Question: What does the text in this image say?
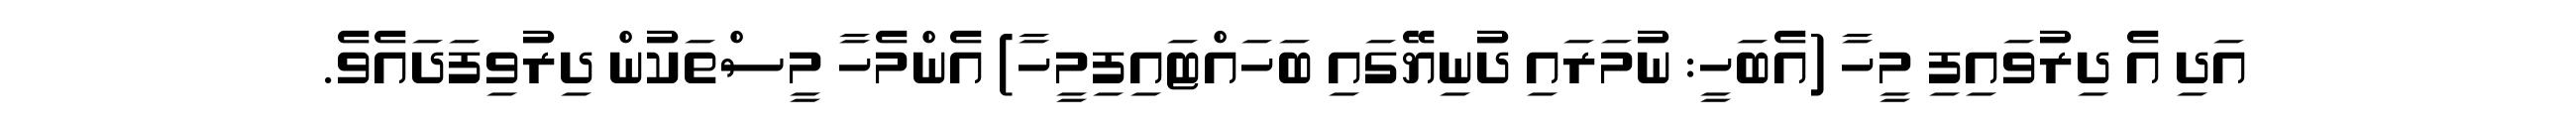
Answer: އަދި އެ ދިރުވައިފި މީހާ (އެބަހީ: ނުމަރައި ދުނިޔޭގައި ބަހައްޓައިފިމީހާ) އެންމެހާ މީސްތަކުން ދިރުވިފަދައެވެ.